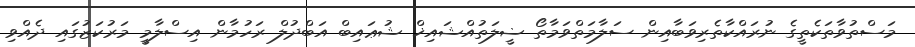
މަސްތުވާތަކެތީގެ ނުރައްކާތެރިވަބާއިން ސަލާމަތްވަމާތޯ ޟީލަތުއްޝައިޚް ޝުޢައިބް އަބްދުލް ރަހުމާން އިސްލާމީ މަރުކަޒުގައި ދެއްވި